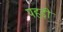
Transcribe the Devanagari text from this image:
पहड़ी